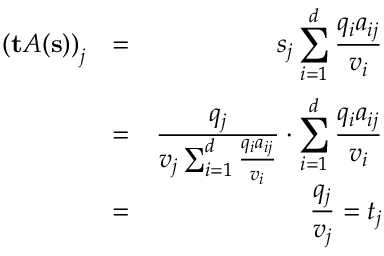
\begin{array} { r l r } { \left( \mathbf { t } A ( \mathbf { s } ) \right) _ { j } } & { = } & { s _ { j } \displaystyle \sum _ { i = 1 } ^ { d } \frac { q _ { i } a _ { i j } } { v _ { i } } } \\ & { = } & { \displaystyle \frac { q _ { j } } { v _ { j } \sum _ { i = 1 } ^ { d } \frac { q _ { i } a _ { i j } } { v _ { i } } } \cdot \sum _ { i = 1 } ^ { d } \frac { q _ { i } a _ { i j } } { v _ { i } } } \\ & { = } & { \displaystyle \frac { q _ { j } } { v _ { j } } = t _ { j } } \end{array}